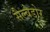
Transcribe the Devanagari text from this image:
सैल्वेडोर